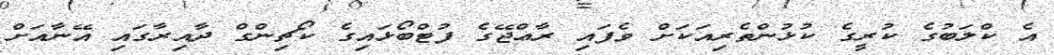
އެ ކްލަބުގެ ކުރީގެ ކުޅުންތެރިއަކަށް ވެފައި ރާޢްޖޭގެ ފުޓްބޯޅައިގެ ކޯޗިންގް ދާއިރާގައި އޭނާއަށް